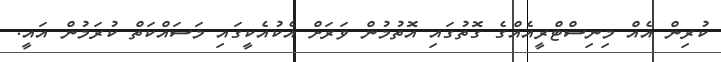
ކުރިން އެއް މިނިސްޓްރީއެއްގެ ގޮތުގައި އޮތުމުން ވަރަށް އެކުއެކީގައި މަސައްކަތް ކުރަމުން އައީ.